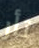
ثأر